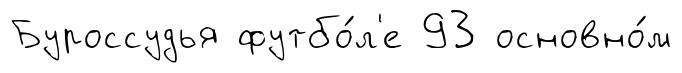
Буроссудья футбо́л'е 93 основно́м